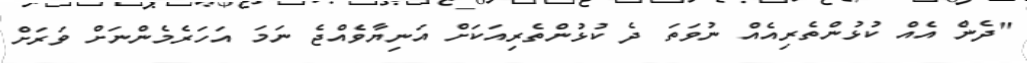
"ދެން އެއް ކުޅުންތެރިއެއް ނުވަތަ ދެ ކުޅުންތެރިއަކަށް އަނިޔާވެއްޖެ ނަމަ އަހަރެމެންނަށް ވަރަށް